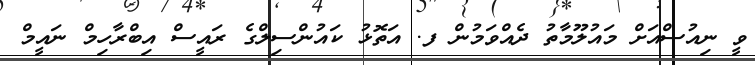
ވީ ނިއުސްއަށް މައުލޫމާތު ދެއްވަމުން ފ. އަތޮޅު ކައުންސިލްގެ ރައީސް އިބްރާހިމް ނައީމް